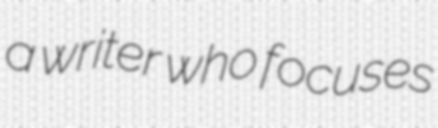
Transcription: a writer who focuses